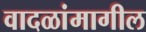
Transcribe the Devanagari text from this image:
वादळांमागील